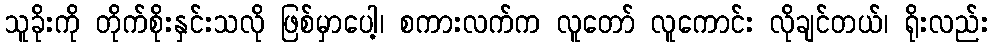
သူခိုးကို တိုက်စိုးနှင်းသလို ဖြစ်မှာပေါ့၊ စကားလက်က လူတော် လူကောင်း လိုချင်တယ်၊ ရိုးလည်း